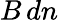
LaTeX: B\, dn